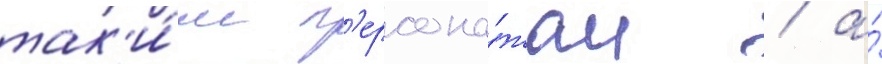
так'и́м п'ерсона́жам / а́